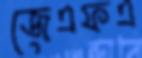
জেএফএ